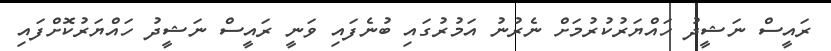
ރައީސް ނަޝީދު ހައްޔަރުކުރުމަށް ނެރުނު އަމުރުގައި ބުނެފައި ވަނީ ރައީސް ނަޝީދު ހައްޔަރުކޮށްފައި